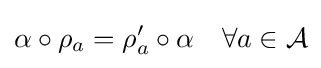
\alpha \circ \rho _{a}=\rho '_{a}\circ \alpha \quad \forall a\in {\mathcal {A}}